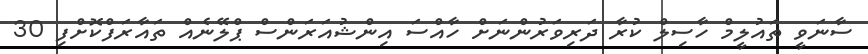
ސާނަވީ ތައުލީމް ހާސިލް ކުރާ ދަރިވަރުންނަށް ހާއްސަ އިންޝުއަރަންސް ޕްލޭނެއް ތައާރަފްކޮށްފި 30